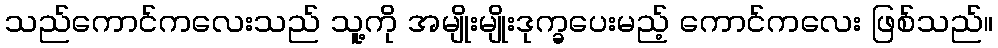
သည်ကောင်ကလေးသည် သူ့ကို အမျိုးမျိုးဒုက္ခပေးမည့် ကောင်ကလေး ဖြစ်သည်။